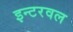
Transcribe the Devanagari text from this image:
इन्टरवल